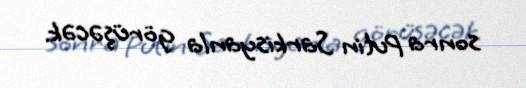
sonra Putin Sarkisyanla görüşəcək.